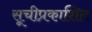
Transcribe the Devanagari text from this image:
सूचीप्रकाशित